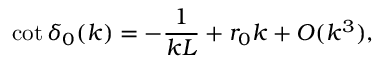
\cot \delta _ { 0 } ( k ) = - \frac { 1 } { k L } + r _ { 0 } k + O ( k ^ { 3 } ) ,